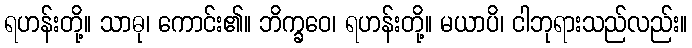
ရဟန်းတို့။ သာဓု၊ ကောင်း၏။ ဘိက္ခဝေ၊ ရဟန်းတို့။ မယာပိ၊ ငါဘုရားသည်လည်း။